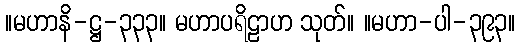
။မဟာနိ-ဋ္ဌ-၃၃၃။ မဟာပရိဠာဟ သုတ်။ ။မဟာ-ပါ-၃၉၃။